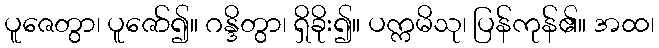
ပူဇေတွာ၊ ပူဇော်၍။ ဂန္ဒိတွာ၊ ရှိခိုး၍။ ပက္ကမိသု၊ ပြန်ကုန်၏။ အထ၊